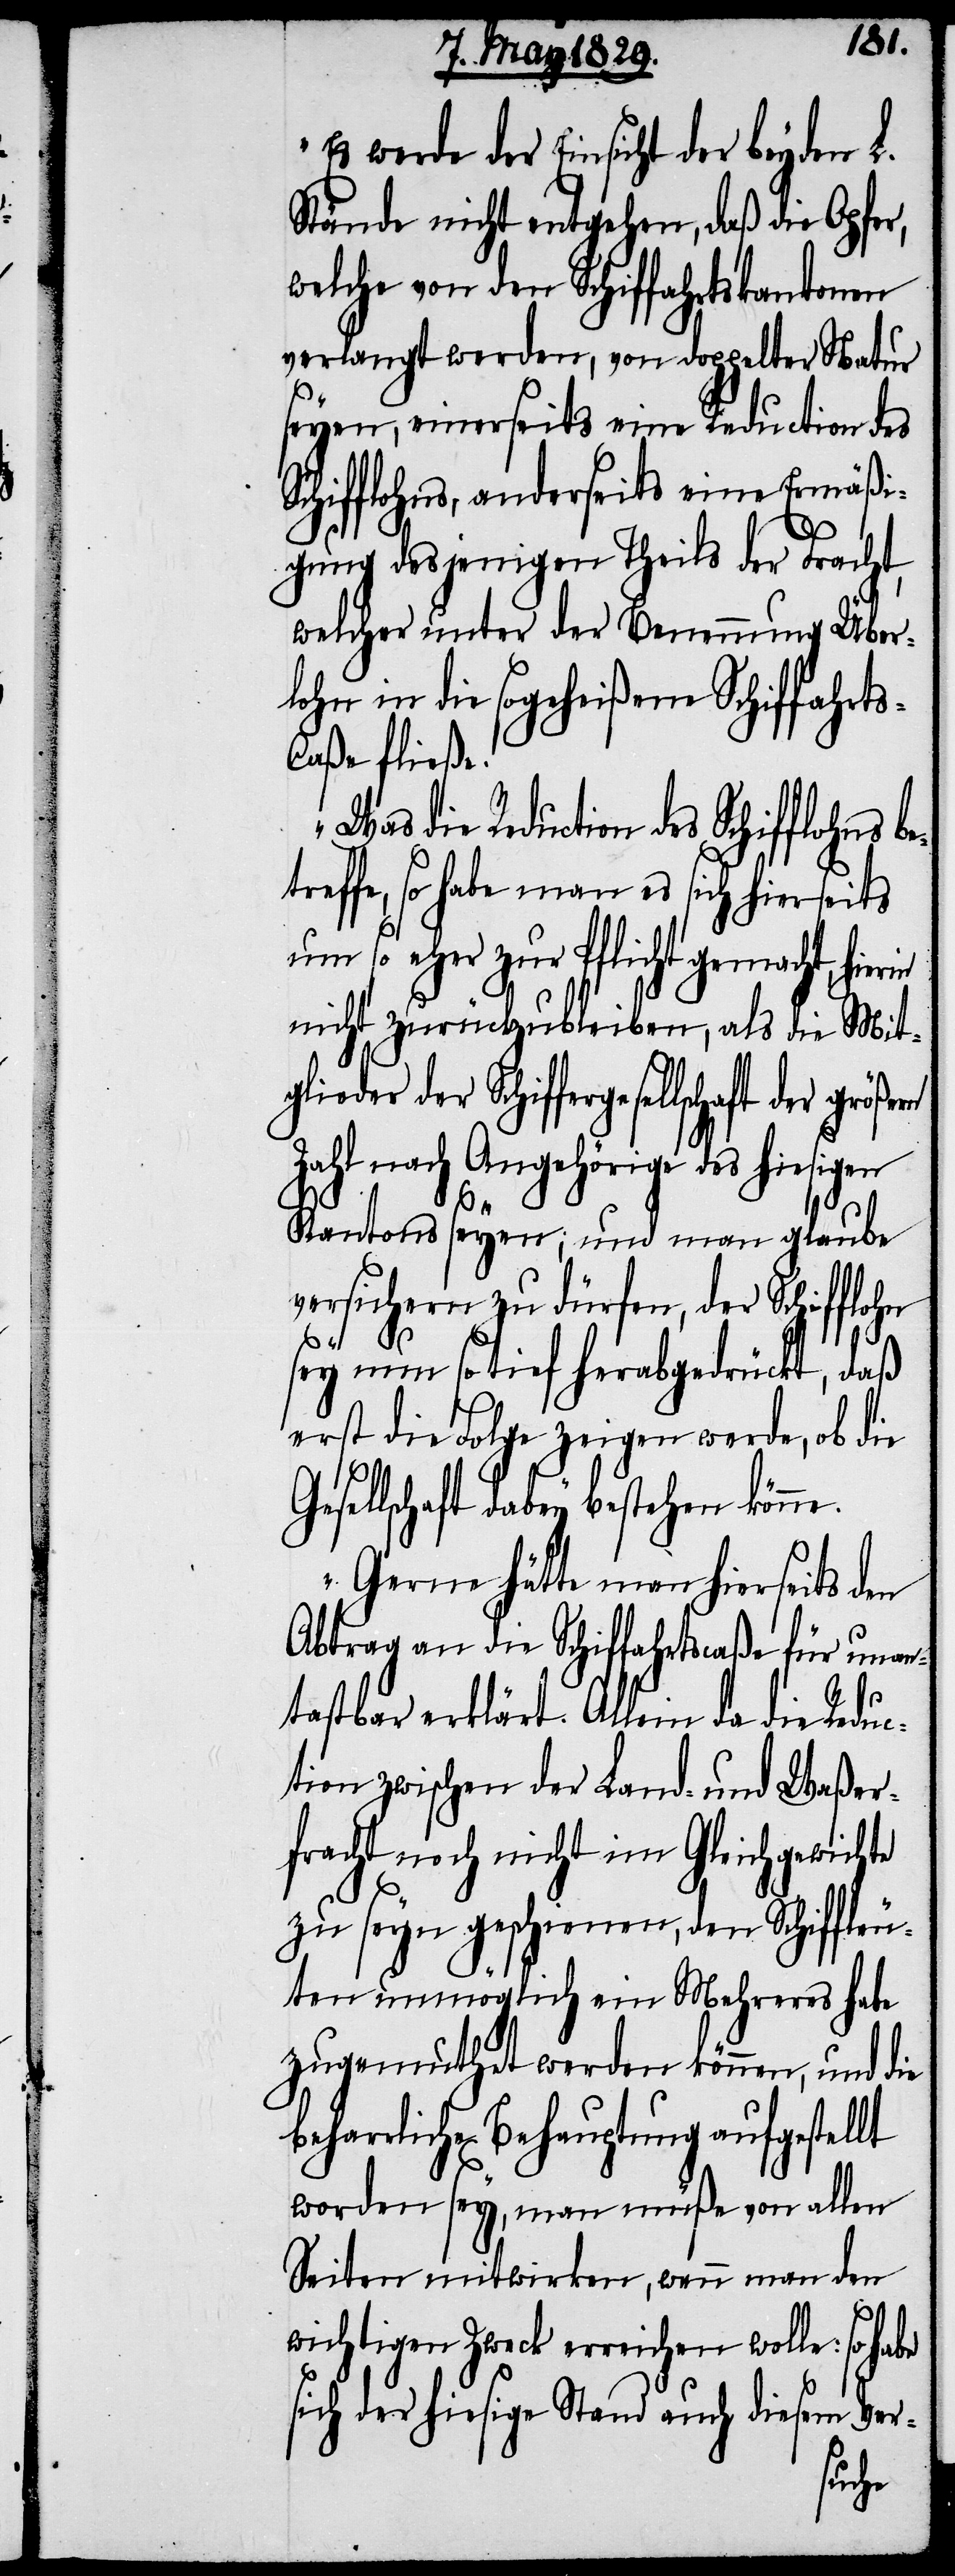
bet¬
Es werde der Einsicht der beyden L.
Stände nicht entgehen, daß die Opfer,
welche von den Schiffahrtskantonen
verlangt werden, von doppelter Natur
seyen, einerseits eine Reduction des
Schifflohns, anderseits eine Ermäßi¬
gung desjenigen Theils der Fracht,
welcher unter der Benennung Über¬
lohn in die sogeheißene Schiffahrt¬
aße fließe.
Was die Reduction des Schifflohns
reffe, so habe man es sich hierseits
um so eher zur Pflicht gemacht,
nicht zurückzubleiben, als die Mit¬
glieder der Schiffergesellschaft der
Zahl nach Angehörige des hiesigen
ne.
Kantons seyen; und man glaube
versichern zu dürfen, der Schifflohn
s-C¬
sey nun so tief herabgedrückt, daß
erst die Folge zeigen werde, ob die
sellschaft dabey bestehen kön¬
Gerne hätte man hierseits den
Abtrag an die Schiffahrtscaße für unan¬
tastbar erklärt. Allein da die Reduc¬
tion zwischen der Land- und Waßer¬
fracht noch nicht im Gleichgewichte
zu seyn geschienen, den Schiffleu¬
ten unmöglich ein Mehreres habe
zugemuthet werden können, und die
beharrliche Behauptung aufgestellt
worden sey, man müße von allen
Seiten mitwirken, wenn man den
wichtigen Zweck erreichen wolle: so habe
sich der hiesige Stand auch diesem Ver-